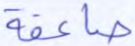
صاعقة